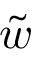
\tilde { w }